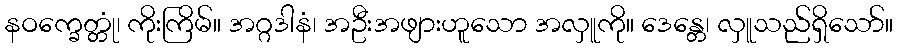
နဝက္ခေတ္တုံ၊ ကိုးကြိမ်။ အဂ္ဂဒါနံ၊ အဦးအဖျားဟူသော အလှူကို။ ဒေန္တေ၊ လှူသည်ရှိသော်။